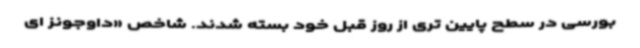
بورسی در سطح پایین تری از روز قبل خود بسته شدند. شاخص «داوجونز ای